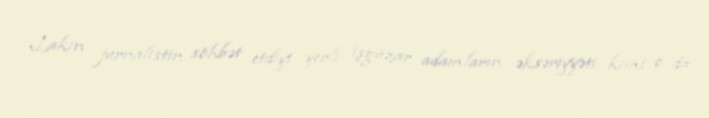
Lakin jurnalistin söhbət etdiyi yerli işgüzar adamların əksəriyyəti kimi o da